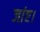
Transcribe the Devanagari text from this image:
जांए।